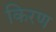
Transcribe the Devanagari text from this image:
किरण